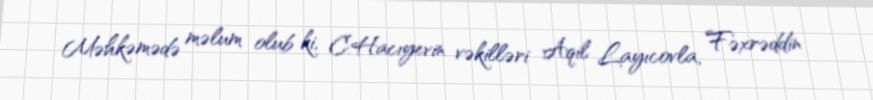
Məhkəmədə məlum olub ki, C.Hacıyevin vəkilləri Aqil Layıcovla, Fəxrəddin